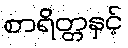
စာရိတ္တနှင့်